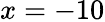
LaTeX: x=-10